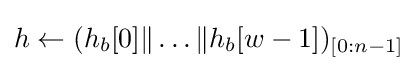
h\leftarrow (h_{b}[0]\|\ldots \|h_{b}[w-1])_{[0:n-1]}